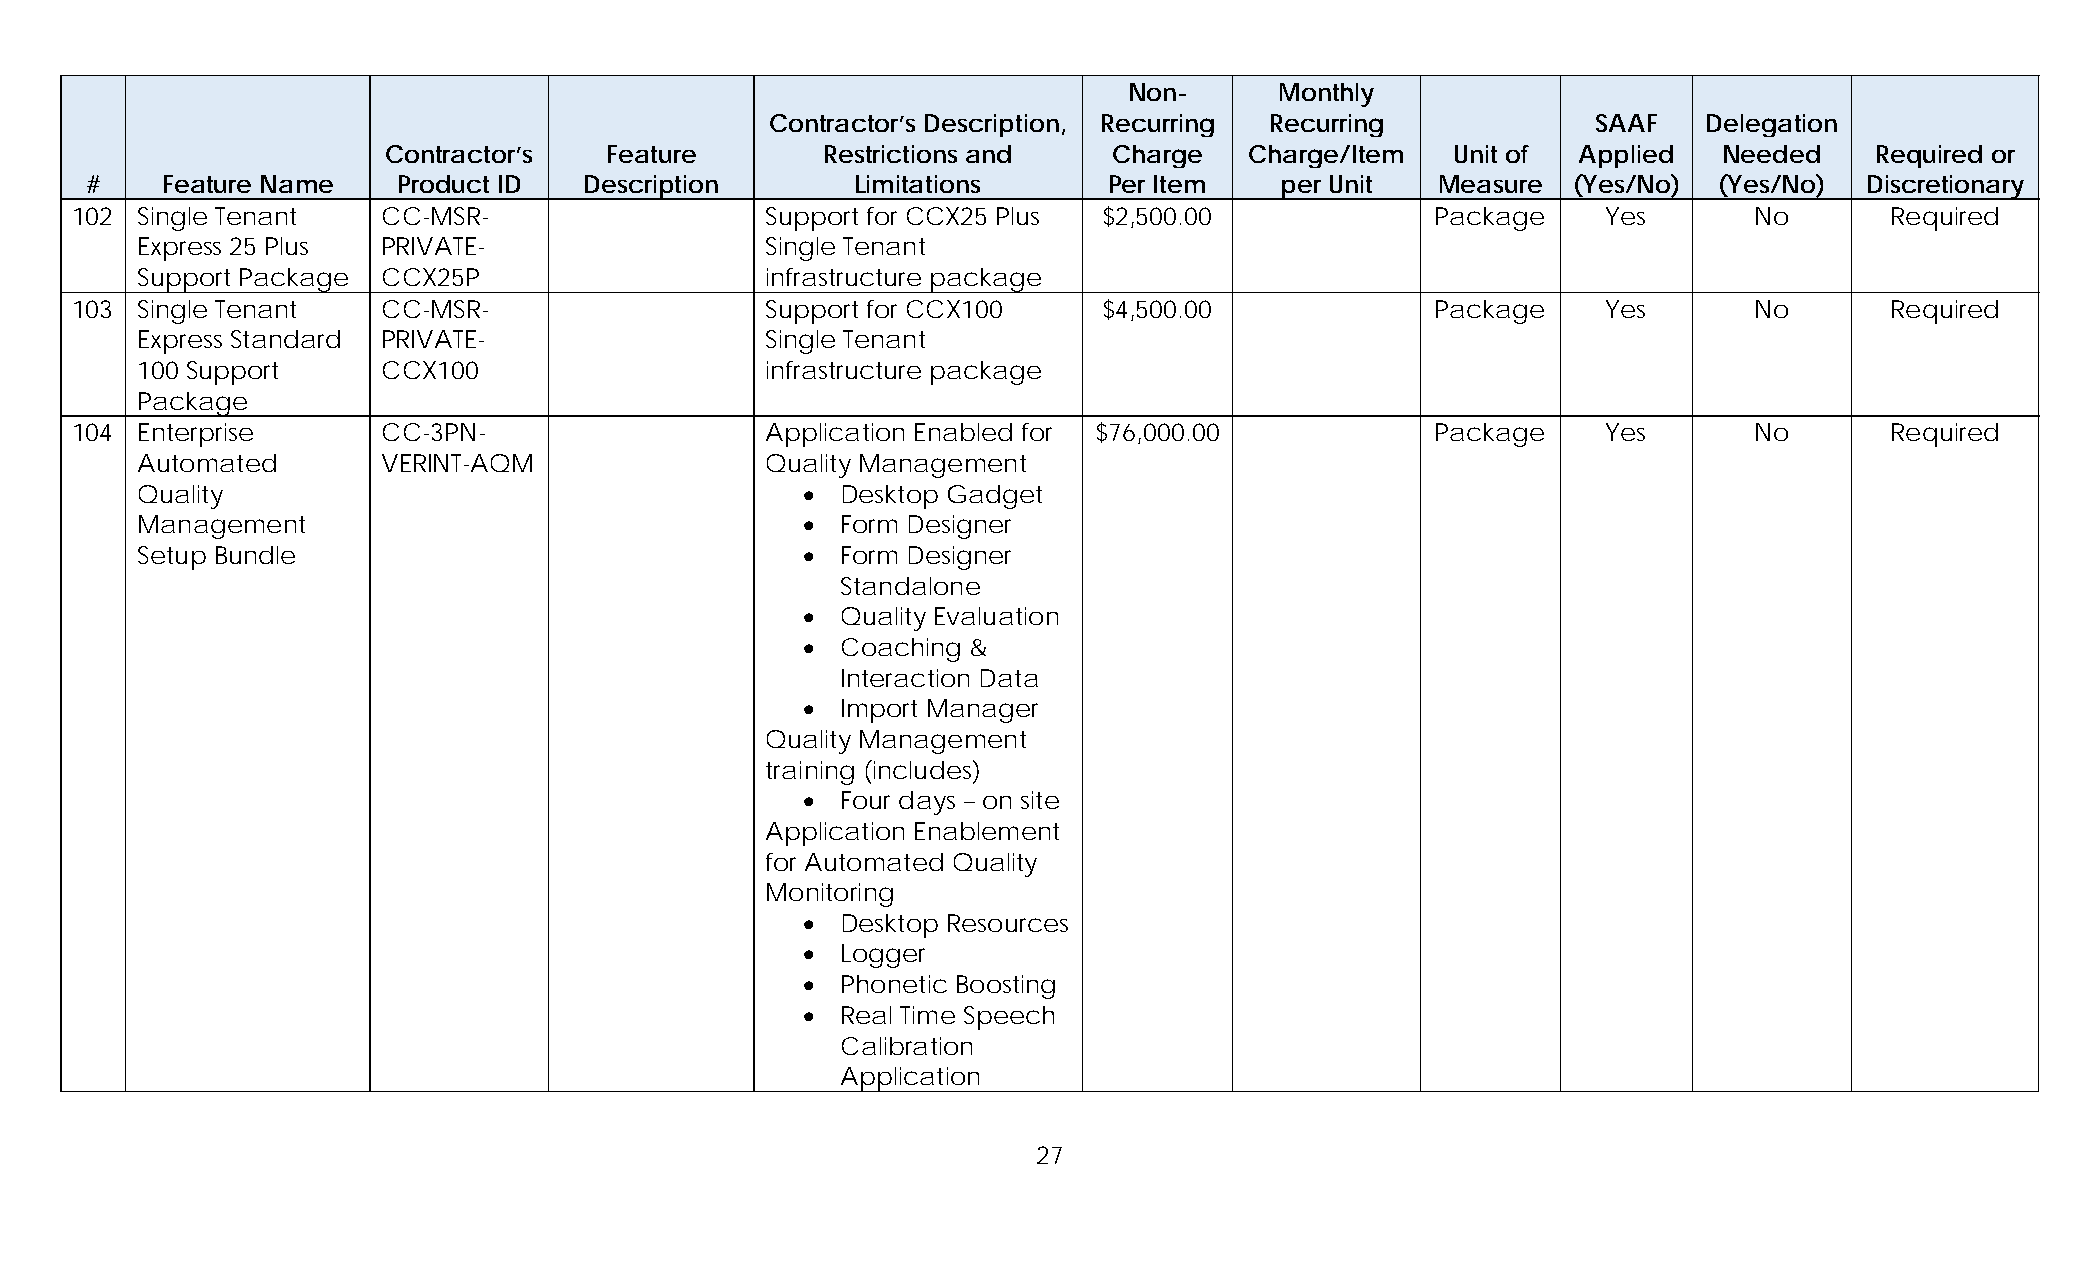
Non-      Monthly
 Contractor’s Description, Recurring Recurring          SAAF   Delegation
 Contractor’s  Feature        Restrictions and   Charge   Charge/Item  Unit of  Applied  Needed    Required or
 #    Feature Name   Product ID   Description       Limitations     Per Item    per Unit  Measure  (Yes/No)  (Yes/No)  Discretionary
 102 Single Tenant   CC-MSR-                   Support for CCX25 Plus $2,500.00            Package    Yes       No       Required
 Express 25 Plus PRIVATE-                  Single Tenant
 Support Package CCX25P                    infrastructure package
 103 Single Tenant   CC-MSR-                   Support for CCX100    $4,500.00             Package    Yes       No       Required
 Express Standard PRIVATE-                 Single Tenant
 100 Support     CCX100                    infrastructure package
 Package
 104 Enterprise      CC-3PN-                   Application Enabled for $76,000.00          Package    Yes       No       Required
 Automated       VERINT-AQM                Quality Management
 Quality                                       Desktop Gadget
 Management                                    Form Designer
 Setup Bundle                                  Form Designer
 Standalone
   Quality Evaluation
   Coaching &
 Interaction Data
   Import Manager
 Quality Management
 training (includes)
   Four days – on site
 Application Enablement
 for Automated Quality
 Monitoring
   Desktop Resources
   Logger
   Phonetic Boosting
   Real Time Speech
 Calibration
 Application
 27